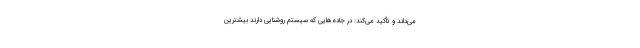
می‌داند و تأکید می‌کند: در جاده‌هایی که سیستم روشنایی دارند بیشترین